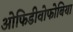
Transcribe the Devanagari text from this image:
ओफिडीवोफोबिया